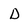
Character: D